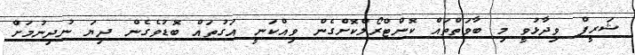
ޝަރީފް ވިދާޅުވީ މި ބާވަތްތައް ކޮންޓްރޯލްކޮށްގެން ވިއްކަނީ އަގުތައް ބޮޑުވެގެން ދިޔަ ނުދިނުމަށް